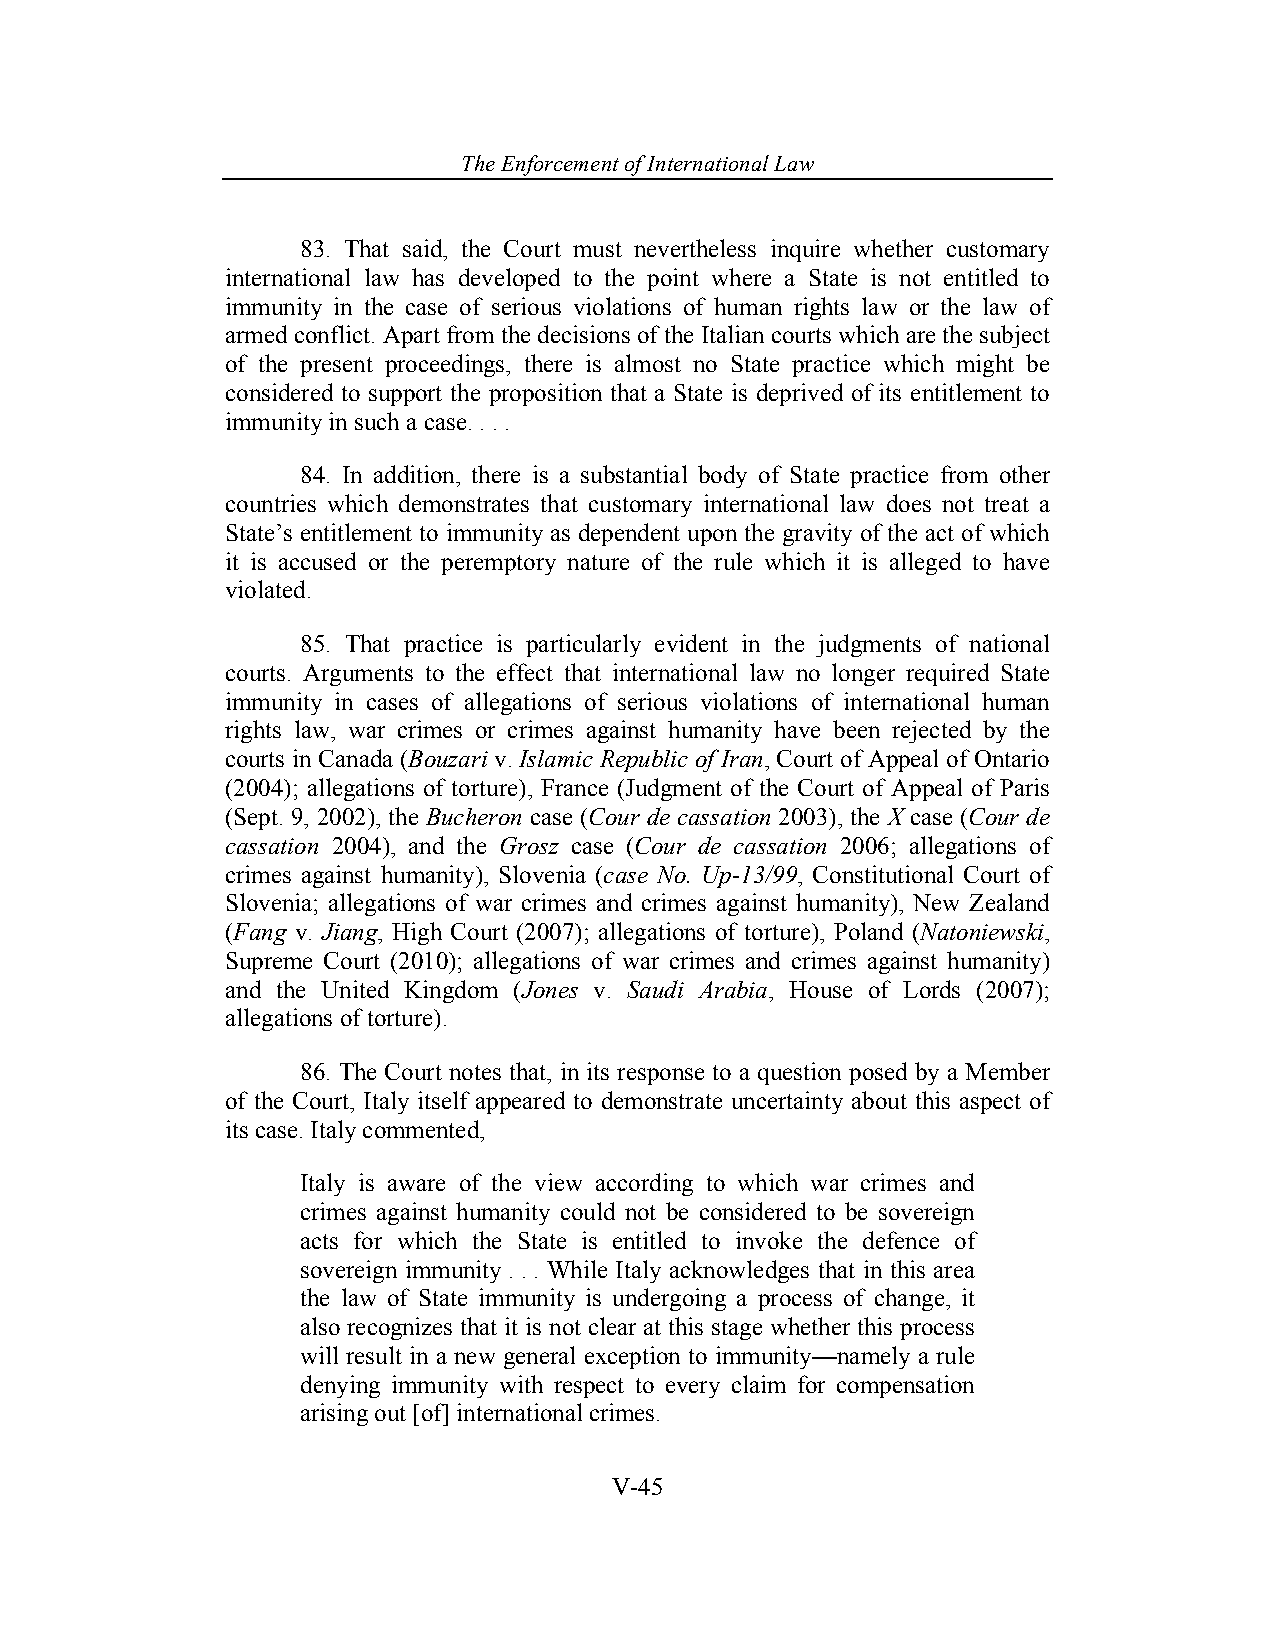
The Enforcement o f International Law
 83. That said, the Court must nevertheless inquire whether customary
 international law has developed to the point where a State is not entitled to
 immunity in the case of serious violations of human rights law or the law of
 armed conflict. Apart from the decisions of the Italian courts which are the subject
 of the present proceedings, there is almost no State practice which might be
 considered to support the proposition that a State is deprived of its entitlement to
 immunity in such a case. . . .
 84. In addition, there is a substantial body of State practice from other
 countries which demonstrates that customary international law does not treat a
 State’s entitlement to immunity as dependent upon the gravity of the act of which
 it is accused or the peremptory nature of the rule which it is alleged to have
 violated.
 85. That practice is particularly evident in the judgments of national
 courts. Arguments to the effect that international law no longer required State
 immunity in cases of allegations of serious violations of international human
 rights law, war crimes or crimes against humanity have been rejected by the
 courts in Canada (Bouzari v. Islamic Republic of Iran, Court of Appeal of Ontario
 (2004); allegations of torture), France (Judgment of the Court of Appeal of Paris
 (Sept. 9, 2002), the Bucheron case (Cour de cassation 2003), the X case (Cour de
 cassation 2004), and the Grosz case (Cour de cassation 2006; allegations of
 crimes against humanity), Slovenia (case No. Up-13/99, Constitutional Court of
 Slovenia; allegations of war crimes and crimes against humanity), New Zealand
 (Fang v. Jiang, High Court (2007); allegations of torture), Poland (Natoniewski,
 Supreme Court (2010); allegations of war crimes and crimes against humanity)
 and the United Kingdom (Jones v. Saudi Arabia, House of Lords (2007);
 allegations of torture).
 86. The Court notes that, in its response to a question posed by a Member
 of the Court, Italy itself appeared to demonstrate uncertainty about this aspect of
 its case. Italy commented,
 Italy is aware of the view according to which war crimes and
 crimes against humanity could not be considered to be sovereign
 acts for which the State is entitled to invoke the defence of
 sovereign immunity . . . While Italy acknowledges that in this area
 the law of State immunity is undergoing a process of change, it
 also recognizes that it is not clear at this stage whether this process
 will result in a new general exception to immunity—namely a rule
 denying immunity with respect to every claim for compensation
 arising out [of] international crimes.
 V-45